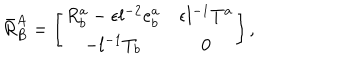
\bar { R } _ { B } ^ { A } = \left[ \begin{array} { c c } { { R _ { b } ^ { a } - \epsilon l ^ { - 2 } e _ { b } ^ { a } } } & { { \epsilon l ^ { - 1 } T ^ { a } } } \\ { { - l ^ { - 1 } T _ { b } } } & { { 0 } } \\ \end{array} \right] ,